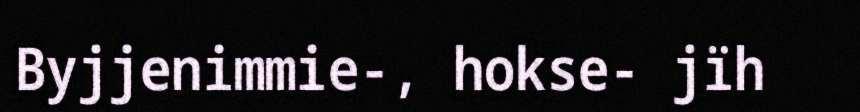
Byjjenimmie-, hokse- jïh